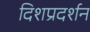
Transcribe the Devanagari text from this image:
दिशप्रदर्शन